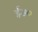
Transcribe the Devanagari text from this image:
ई७०